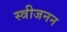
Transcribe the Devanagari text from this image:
स्त्रीजनन